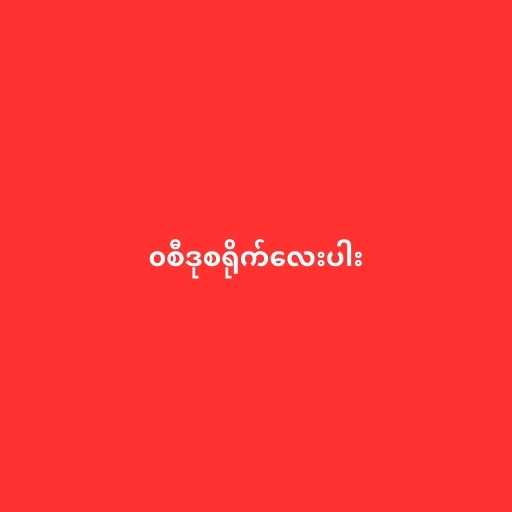
၀စီဒုစရိုက်လေးပါး